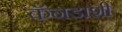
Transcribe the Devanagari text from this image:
कॅनडाशी